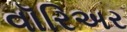
વૉરિઅર